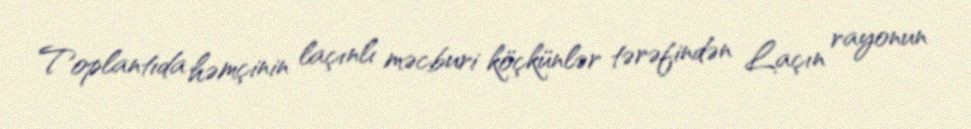
Toplantıda həmçinin laçınlı məcburi köçkünlər tərəfindən Laçın rayonun